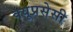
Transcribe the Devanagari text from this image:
क्यूप्रसेसी